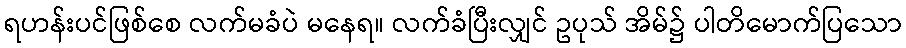
ရဟန်းပင်ဖြစ်စေ လက်မခံပဲ မနေရ။ လက်ခံပြီးလျှင် ဥပုသ် အိမ်၌ ပါတိမောက်ပြသော